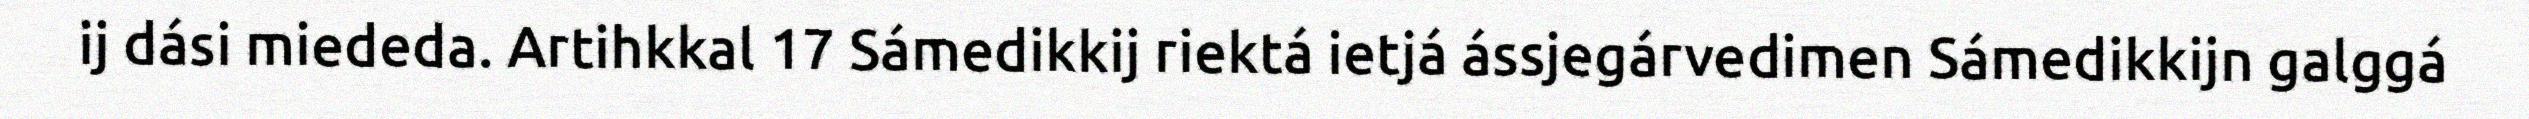
ij dási miededa. Artihkkal 17 Sámedikkij riektá ietjá ássjegárvedimen Sámedikkijn galggá